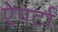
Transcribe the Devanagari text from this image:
ऐपर्टा